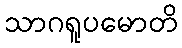
သာဂရူပမောတိ